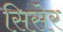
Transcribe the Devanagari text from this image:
सिसेर